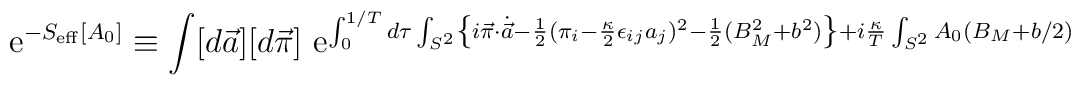
{\rm ~e}^{ -S_{\rm eff}[A_0] } \equiv \int[d\vec a][d\vec \pi]{\rm ~e}^{ \int_0^{1/T} d \tau \int_{S^2} \left\{ i\vec\pi\cdot\dot{\vec a}-\frac{1}{2}(\pi_i-\frac{\kappa}{2}\epsilon_{ij}a_j)^2-\frac{1}{2}(B_M^2+b^2) \right\} + i\frac{\kappa}{T}\int_{S^2}A_0 \left( B_M+b/2 \right) }